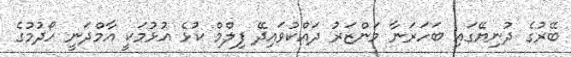
ބޭރުގެ ދުނިޔޭގައި ބަހަރަނާ މަންޒަރު ދައްކުވައިދޭ ފިލްމް ކުޅެ އުޅުމަކީ އާމްދަނީ ހޯދުމުގެ